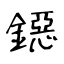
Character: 鐚